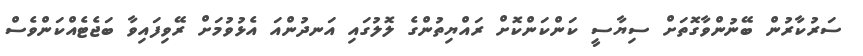
ސަރުކާރުން ބޭނުންވާގޮތަށް ސިޔާސީ ކަންކަންކޮށް ރައްޔިތުންގެ ލޮލުގައި އަނދުންއަ އެޅުވުމަށް ރޭވިފައިވާ ބަޖެޓެއްކަންވެސް